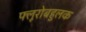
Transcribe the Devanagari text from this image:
फ्लूरोबहुलक